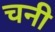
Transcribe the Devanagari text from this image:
चनी